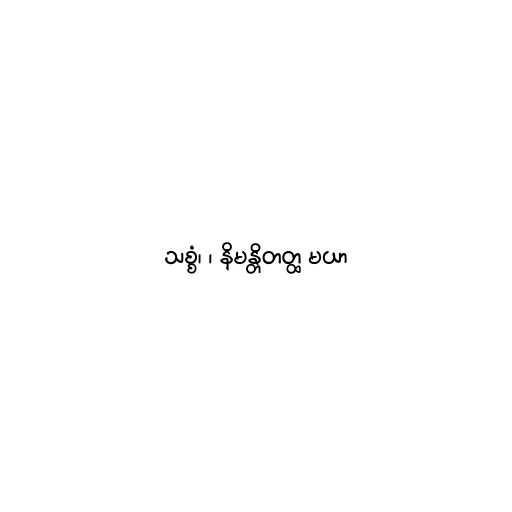
သစ္စံ၊ ၊ နိမန္တိတတ္ထ မယာ